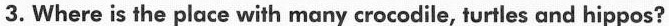
3. Where is the place with many crocodile, turtles and hippos?